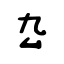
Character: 厹